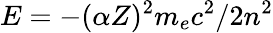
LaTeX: E=-(\alpha Z)^{2}m_{e}c^{2}/2n^{2}